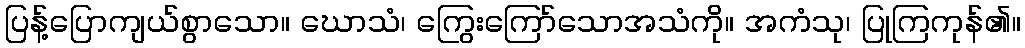
ပြန့်ပြောကျယ်စွာသော။ ဃောသံ၊ ကြွေးကြော်သောအသံကို။ အကံသု၊ ပြုကြကုန်၏။